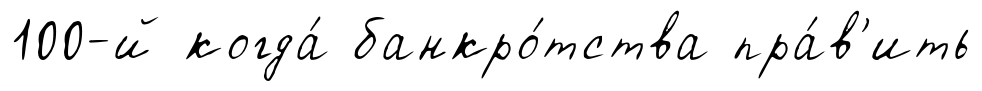
100-й когда́ банкро́тства пра́в'ить